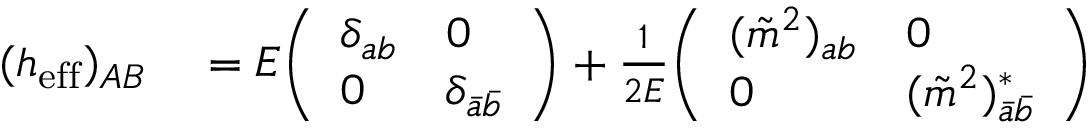
\begin{array} { r l } { ( h _ { \mathrm { e f f } } ) _ { A B } } & { { } = E { \left( \begin{array} { l l } { \delta _ { a b } } & { 0 } \\ { 0 } & { \delta _ { { \bar { a } } { \bar { b } } } } \end{array} \right) } + { \frac { 1 } { 2 E } } { \left( \begin{array} { l l } { ( { \tilde { m } } ^ { 2 } ) _ { a b } } & { 0 } \\ { 0 } & { ( { \tilde { m } } ^ { 2 } ) _ { { \bar { a } } { \bar { b } } } ^ { * } } \end{array} \right) } } \end{array}